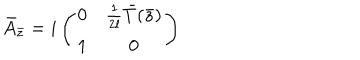
\bar { A } _ { \bar { z } } = i \left( \begin{array} { c c } { { 0 } } & { { { \frac { 1 } { 2 l } } \bar { T } ( \bar { z } ) } } \\ { { 1 } } & { { 0 } } \\ \end{array} \right)